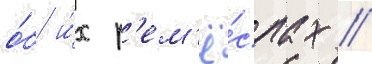
о́б и́х р'ем'ё́слах /